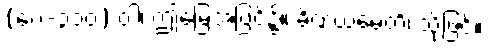
(ပေ-၃၁၀) ဝါ၊ ဤမြေအပြင်၌။ ခိဏယမေတိ၊ သို့ဖြင့်။